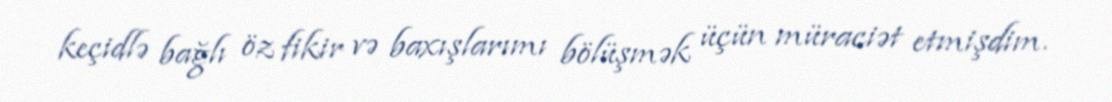
keçidlə bağlı öz fikir və baxışlarımı bölüşmək üçün müraciət etmişdim.